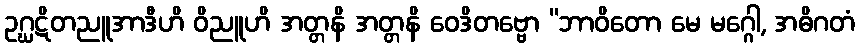
ဥဂ္ဃဋိတညူအာဒီဟိ ဝိညူဟိ အတ္တနိ အတ္တနိ ဝေဒိတဗ္ဗော “ဘာဝိတော မေ မဂ္ဂေါ, အဓိဂတံ